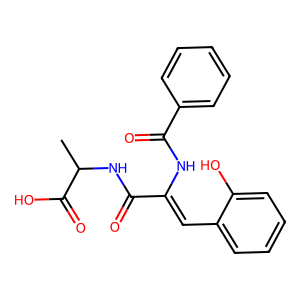
SMILES: CC(NC(=O)C(=Cc1ccccc1O)NC(=O)c1ccccc1)C(=O)O
Inhibits HIV replication: No